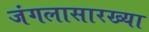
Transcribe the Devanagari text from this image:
जंगलासारख्या